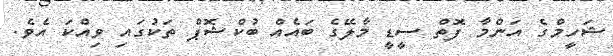
ޝަހީމްގެ އަންމާ ފޮތް ސީޑީ މާލޭގެ ބައެއް ބުކްޝޮޕް ތަކުގައި ވިއްކަ އެވެ.